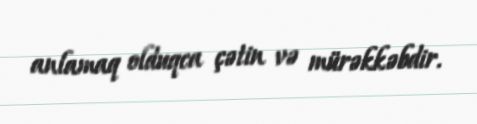
anlamaq olduqca çətin və mürəkkəbdir.